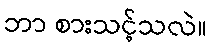
ဘာ စားသင့်သလဲ။